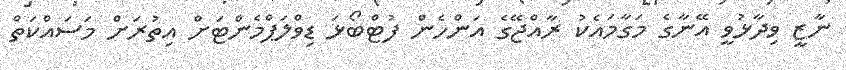
ނާޒީ ވިދާޅުވީ އޭނާގެ މަގާމައެކު ރާއްޖޭގެ އަންހެން ފުޓްބޯޅަ ޑިވްލަޕްމެންޓަށް އިތުރަށް މަސައްކަތް